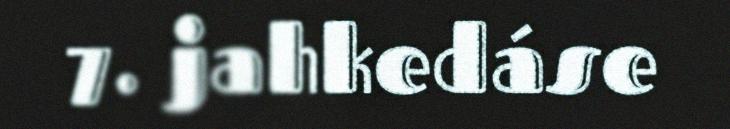
7. jahkedáse